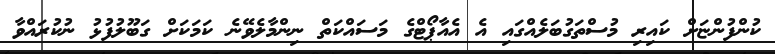
ކުންފުންޏަށް ކައިރި މުސްތަގުބަލެއްގައި އެ އެއާޕޯޓްގެ މަސައްކަތް ނިންމާލެވޭނެ ކަމަކަށް ގަބޫލުފުޅު ނުކުރައްވާ